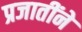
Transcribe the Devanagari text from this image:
प्रजातींने